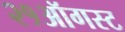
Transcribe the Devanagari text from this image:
२१ऑगस्ट